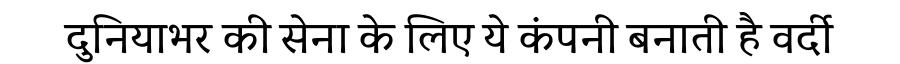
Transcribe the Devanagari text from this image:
दुनियाभर की सेना के लिए ये कंपनी बनाती है वर्दी